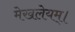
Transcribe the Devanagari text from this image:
मेखलेयम्।